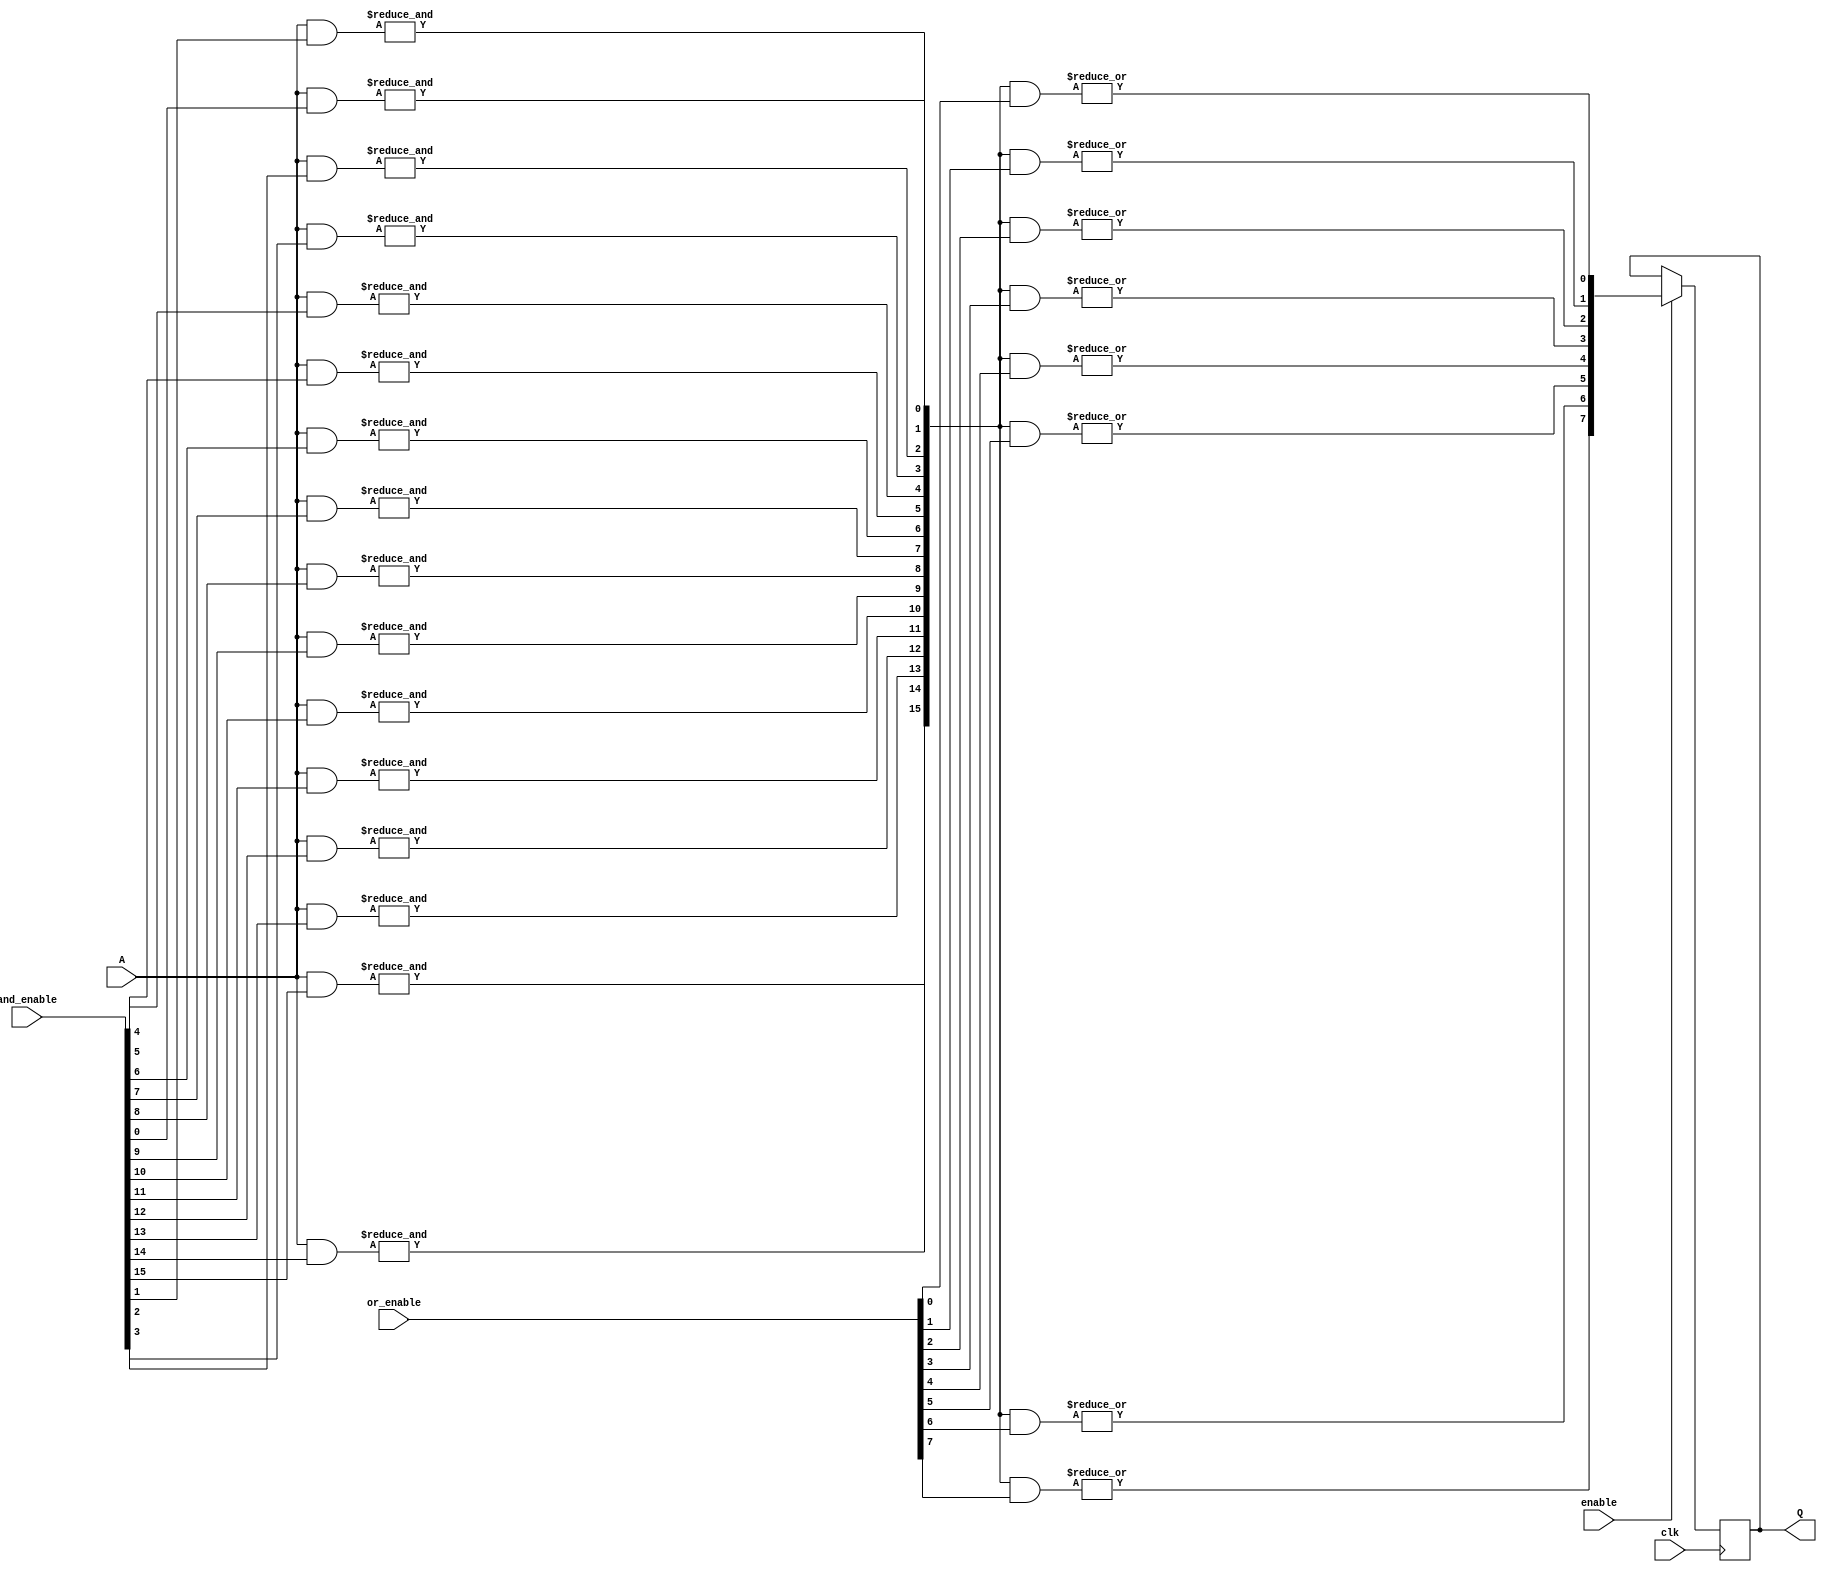
module RPAL #(
    parameter NUM_INPUTS = 8,       // Number of inputs
    parameter NUM_AND_TERMS = 16,    // Number of AND terms
    parameter NUM_OR_TERMS = 8       // Number of OR terms
)(
    input wire [NUM_INPUTS-1:0] A,   // Input lines
    input wire clk,                   // Clock signal
    input wire enable,                // Enable signal for outputs
    input wire [NUM_AND_TERMS-1:0] and_enable, // Control signals for AND array
    input wire [NUM_OR_TERMS-1:0] or_enable,   // Control signals for OR array
    output reg [NUM_OR_TERMS-1:0] Q   // Registered outputs
);

// Internal signals
wire [NUM_AND_TERMS-1:0] and_out; // Outputs from AND array
wire [NUM_OR_TERMS-1:0] or_out;   // Outputs from OR array

// Programmable AND array
genvar i, j;
generate
    for (i = 0; i < NUM_AND_TERMS; i = i + 1) begin : and_array
        wire [NUM_INPUTS-1:0] and_inputs;
        assign and_inputs = {A[NUM_INPUTS-1:0] & {and_enable[i]}}; // Example connection
        assign and_out[i] = &and_inputs; // AND operation
    end
endgenerate

// Programmable OR array
generate
    for (j = 0; j < NUM_OR_TERMS; j = j + 1) begin : or_array
        wire [NUM_AND_TERMS-1:0] or_inputs;
        assign or_inputs = {and_out[NUM_AND_TERMS-1:0] & {or_enable[j]}}; // Example connection
        assign or_out[j] = |or_inputs; // OR operation
    end
endgenerate

// Registered outputs
always @(posedge clk) begin
    if (enable) begin
        Q <= or_out; // Capture OR outputs on clock edge
    end
end

endmodule